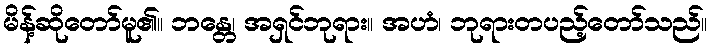
မိန့်ဆိုတော်မူ၏။ ဘန္တေ၊ အရှင်ဘုရား။ အဟံ၊ ဘုရားတပည့်တော်သည်။